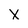
Character: X